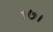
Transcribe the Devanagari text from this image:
१७।